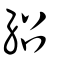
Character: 紹